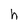
Character: h